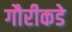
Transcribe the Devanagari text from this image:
गौरीकडे